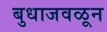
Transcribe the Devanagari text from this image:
बुधाजवळून